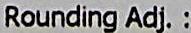
ROUNDING ADJ. :